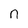
Character: n